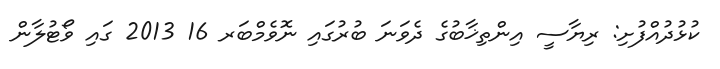
ކުޅުދުއްފުށި: ރިޔާސީ އިންތިޚާބުގެ ދެވަނަ ބުރުގައި ނޮވެމްބަރ 16 2013 ގައި ވޯޓުލާން